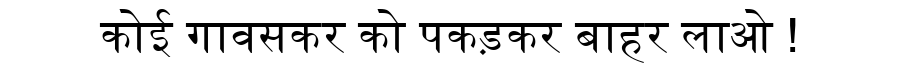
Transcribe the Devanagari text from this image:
कोई गावसकर को पकड़कर बाहर लाओ !